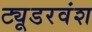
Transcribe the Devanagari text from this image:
ट्यूडरवंश